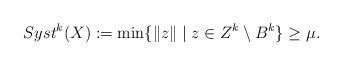
LaTeX: \begin{align*}Syst^k(X) := \min \{\|z\|\; | \; z \in Z^k \setminus B^k \} \geq \mu.\end{align*}